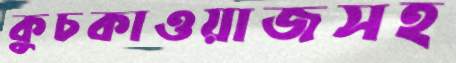
কুচকাওয়াজসহ